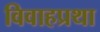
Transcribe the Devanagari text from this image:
विवाहप्रथा